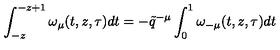
\int _ { - z } ^ { - z + 1 } \omega _ { \mu } ( t , z , \tau ) d t = - \tilde { q } ^ { - \mu } \int _ { 0 } ^ { 1 } \omega _ { - \mu } ( t , z , \tau ) d t